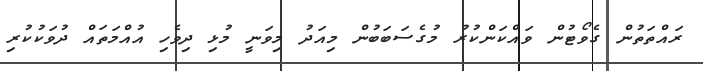
ރައްތަތުން ގެވޯޓުން ވައްކަންކުރު މުގެސަބަބުން މިއަދު މިވަނީ މުޅި ދިވެހި އުއްމަތައް ދުވަކުކުރި